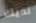
لديك